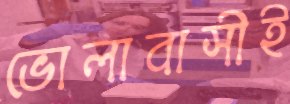
ভোলাবাসীই